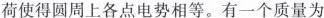
荷使得圆周上各点电势相等。有一个质量为